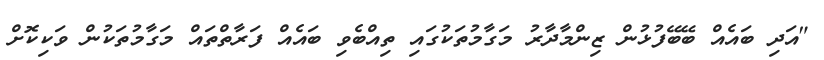
"އަދި ބައެއް ބޭބޭފުޅުން ޒިންމާދާރު މަގާމުތަކުގައި ތިއްބެވި ބައެއް ފަރާތްތައް މަގާމުތަކުން ވަކިކޮށް